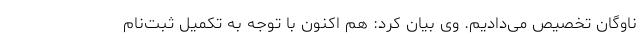
ناوگان تخصیص می‌دادیم. وی بیان کرد: هم اکنون با توجه به تکمیل ثبت‌نام